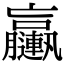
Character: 𨏩